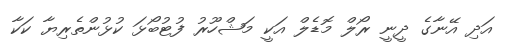
އަދި އޭނާގެ ދީނީ ރޯލް މޮޑެލް އަކީ މަޝްހޫރު ފުޓުބޯޅަ ކުޅުންތެރިޔާ ކަކާ